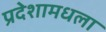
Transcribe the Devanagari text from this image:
प्रदेशामधला